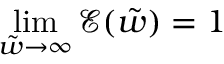
\operatorname* { l i m } _ { \tilde { w } \to \infty } \mathcal { E } ( \tilde { w } ) = 1